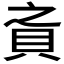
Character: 𰶸